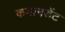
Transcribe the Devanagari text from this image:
कमानडेंट